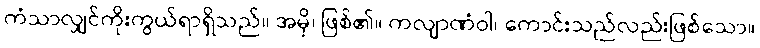
ကံသာလျှင်ကိုးကွယ်ရာရှိသည်။ အမှိ၊ ဖြစ်၏။ ကလျာဏံဝါ၊ ကောင်းသည်လည်းဖြစ်သော။